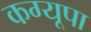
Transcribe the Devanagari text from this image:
कग्‍यूपा